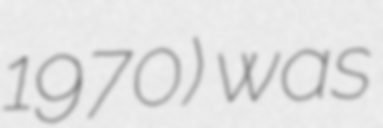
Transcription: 1970) was